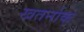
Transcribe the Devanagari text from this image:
खतर्नाक